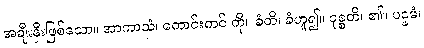
အချီးနှီးဖြစ်သော။ အာကာသံ၊ ကောင်းကင် ကို။ ခံတိ၊ ခံဟူ၍။ ဝုစ္စတိ၊ ၏။ ပဌမံ၊